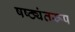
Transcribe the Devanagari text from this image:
षष्ठ्यंतरूप